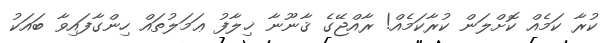
ކުރާ ކަމެއް ކޮށްލަން ކުރާކަމެއް! ރާއްޖޭގެ ޤާނޫނާ ޚިލާފު ޢަމަލުތައް ހިންގާފައިވާ ބައަކު